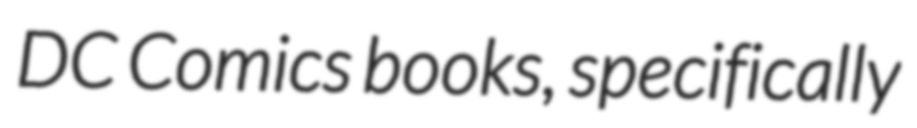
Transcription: DC Comics books, specifically